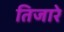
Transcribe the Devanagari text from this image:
तिजारे